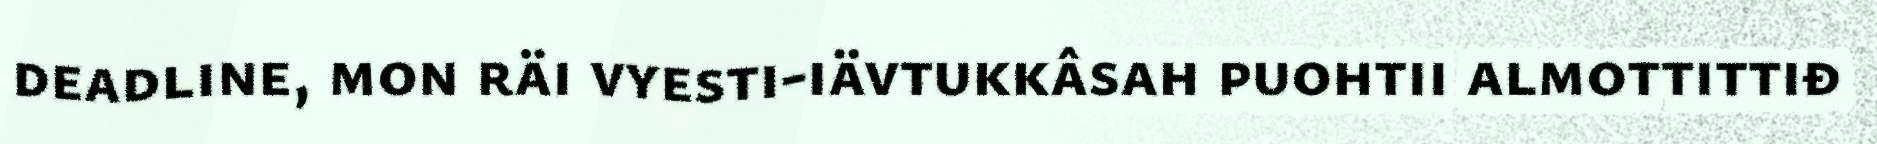
deadline, mon räi vyesti-iävtukkâsah puohtii almottittiđ